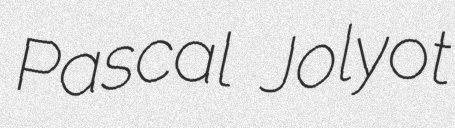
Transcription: Pascal Jolyot